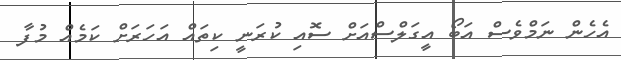
އެހެން ނަމްވެސް އަބޯ އީގަލްސްއަށް ސޮއި ކުރަނީ ކިތައް އަހަރަށް ކަމެއް މުފާ